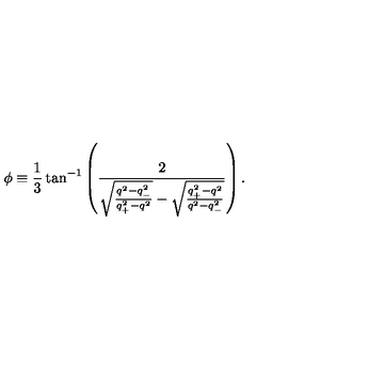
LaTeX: \phi \equiv \frac { 1 } { 3 } \tan ^ { - 1 } \left( \frac { 2 } { \sqrt { \frac { q ^ { 2 } - q _ { - } ^ { 2 } } { q _ { + } ^ { 2 } - q ^ { 2 } } } - \sqrt { \frac { q _ { + } ^ { 2 } - q ^ { 2 } } { q ^ { 2 } - q _ { - } ^ { 2 } } } } \right) .